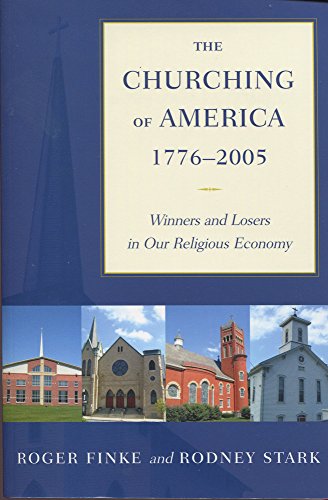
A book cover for The Churching of America, 1776-2005: Winners and Losers in Our Religious Economy; Roger Finke; Religion & Spirituality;